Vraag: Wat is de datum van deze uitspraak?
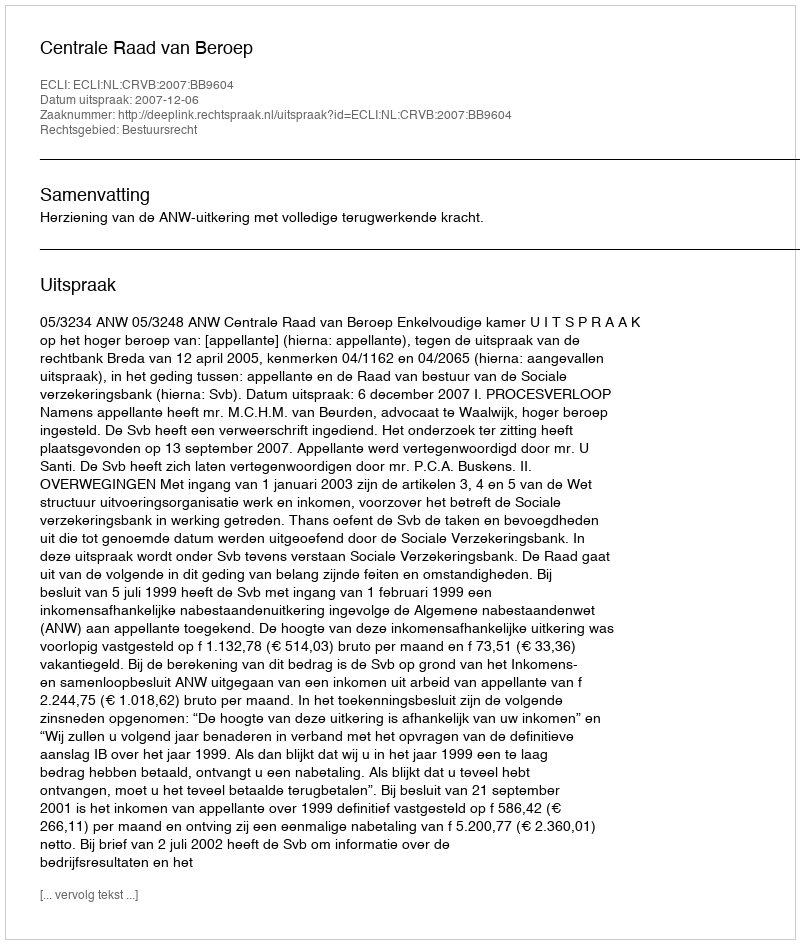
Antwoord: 2007-12-06